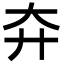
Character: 㚏